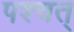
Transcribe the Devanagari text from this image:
पश्चत्